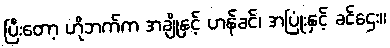
ပြီးတော့ ဟိုဘက်က အချိုနှင့် ဟန်ခင်၊ အပြုံးနှင့် ခင်ဌေး။